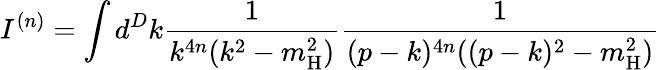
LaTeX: I^{(n)}=\int d^{D}k\frac{1}{k^{4n}(k^{2}-m_{\mathrm{H}}^{2})}\frac{1}{(p-k)^{4n}((p-k)^{2}-m_{\mathrm{H}}^{2})}